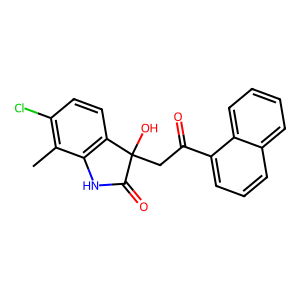
SMILES: Cc1c(Cl)ccc2c1NC(=O)C2(O)CC(=O)c1cccc2ccccc12
Inhibits HIV replication: No